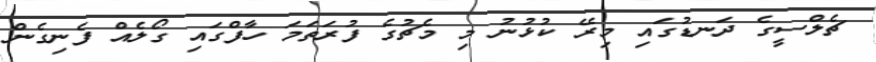
ޗެލްސީގެ ދަނޑުގައި މިރޭ ކުޅުނު މި މެޗުގެ ފުރަތަމަ ހާފްގައި ގޯލެއް ފެނިގެން